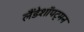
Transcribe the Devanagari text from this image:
लैंडेशॉपट्मन